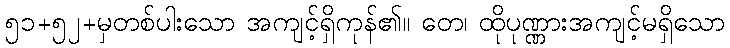
၅၁+၅၂+မှတစ်ပါးသော အကျင့်ရှိကုန်၏။ တေ၊ ထိုပုဏ္ဏားအကျင့်မရှိသော